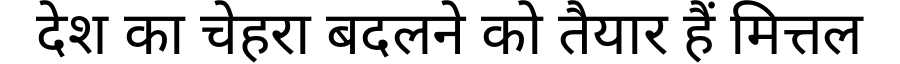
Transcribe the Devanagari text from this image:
देश का चेहरा बदलने को तैयार हैं मित्तल